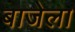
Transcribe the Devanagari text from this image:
बाजेला